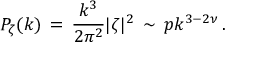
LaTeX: P _ { \zeta } ( k ) \, = \, { \frac { k ^ { 3 } } { 2 \pi ^ { 2 } } } | \zeta | ^ { 2 } \, \sim \, p k ^ { 3 - 2 \nu } \, .